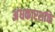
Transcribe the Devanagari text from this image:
अंधकारशक्ति